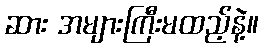
ဆား အများကြီးမထည့်နဲ့။